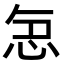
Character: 𭜤